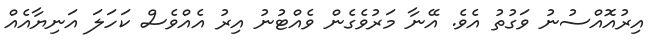
އިރުއޮއްސުނު ވަގުތު އެވެ. އޭނާ މަރުވެގެން ވެއްޓުނު އިރު އެއްވެސް ކަހަލަ އަނިޔާއެއް